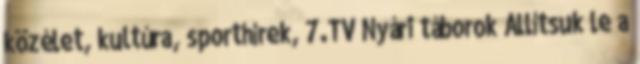
közélet, kultúra, sporthírek, 7.TV Nyári táborok Állítsuk le a